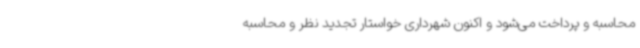
محاسبه و پرداخت می‌شود و اکنون شهرداری خواستار تجدید نظر و محاسبه